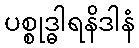
ပစ္စုဒ္ဓါရနိဒါနံ